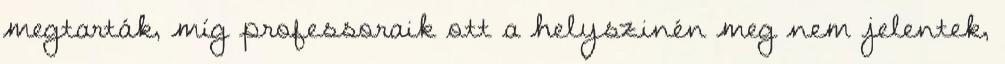
megtarták, míg professoraik ott a helyszinén meg nem jelentek,